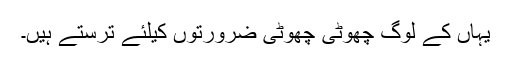
یہاں کے لوگ چھوٹی چھوٹی ضرورتوں کیلئے ترستے ہیں۔